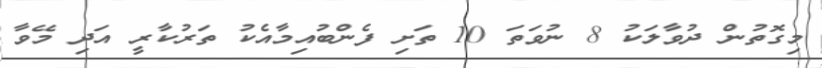
މިގޮތުން ދުވާލަކު 8 ނުވަތަ 10 ތަށި ފެންބުއިމާއެކު ތަރުކާރީ އަދި މޭވާ